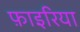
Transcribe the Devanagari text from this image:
फ़ाइरिया